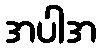
အပါအ